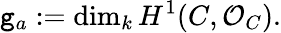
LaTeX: \mathtt{g}_{a}:=\dim_{k}H^{1}(C,{\mathcal{{O}}}_{C}).